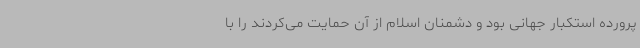
پرورده استکبار جهانی بود و دشمنان اسلام از آن حمایت می‌کردند را با